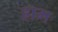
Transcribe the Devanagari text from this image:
ह्राम